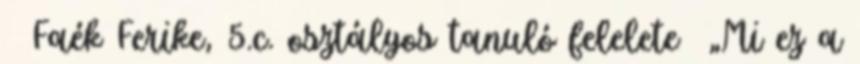
Faék Ferike, 5.c. osztályos tanuló felelete „Mi ez a